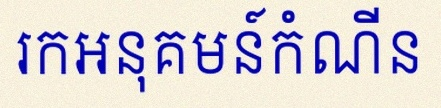
រកអនុគមន៍កំណើន